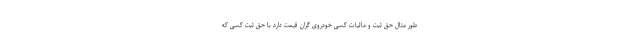
طور مثال حق ثبت و مالیات کسی خودروی گران قیمت دارد با حق ثبت کسی که